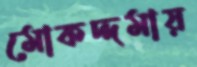
মোকদ্দমায়